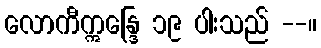
လောကီဣန္ဒြေ ၁၉ ပါးသည် --။